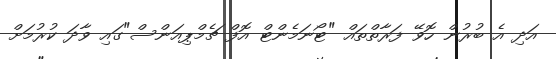
އަދި އެ ބުރުން ހޮވޭ ފަރާތްތައް "ޓޯނަމެންޓް އޮފް ޗެމްޕިއަންސް"ގައި ވާދަ ކުރުމަށް